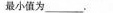
最小值为___。